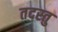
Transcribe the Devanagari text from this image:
तदस्तु